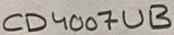
Text: CD4007UB